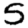
Digit: 5